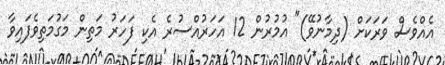
އެއްވެސް ވަރަކަށް (ދިމާނުވޭ)" އުމުރުން 12 އަހަރުއްސުރެ އެކި ފަހަރު މަތިން މަގުމަތިވެފައިވާ